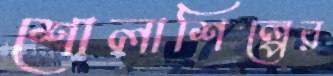
শোলাশিল্পের